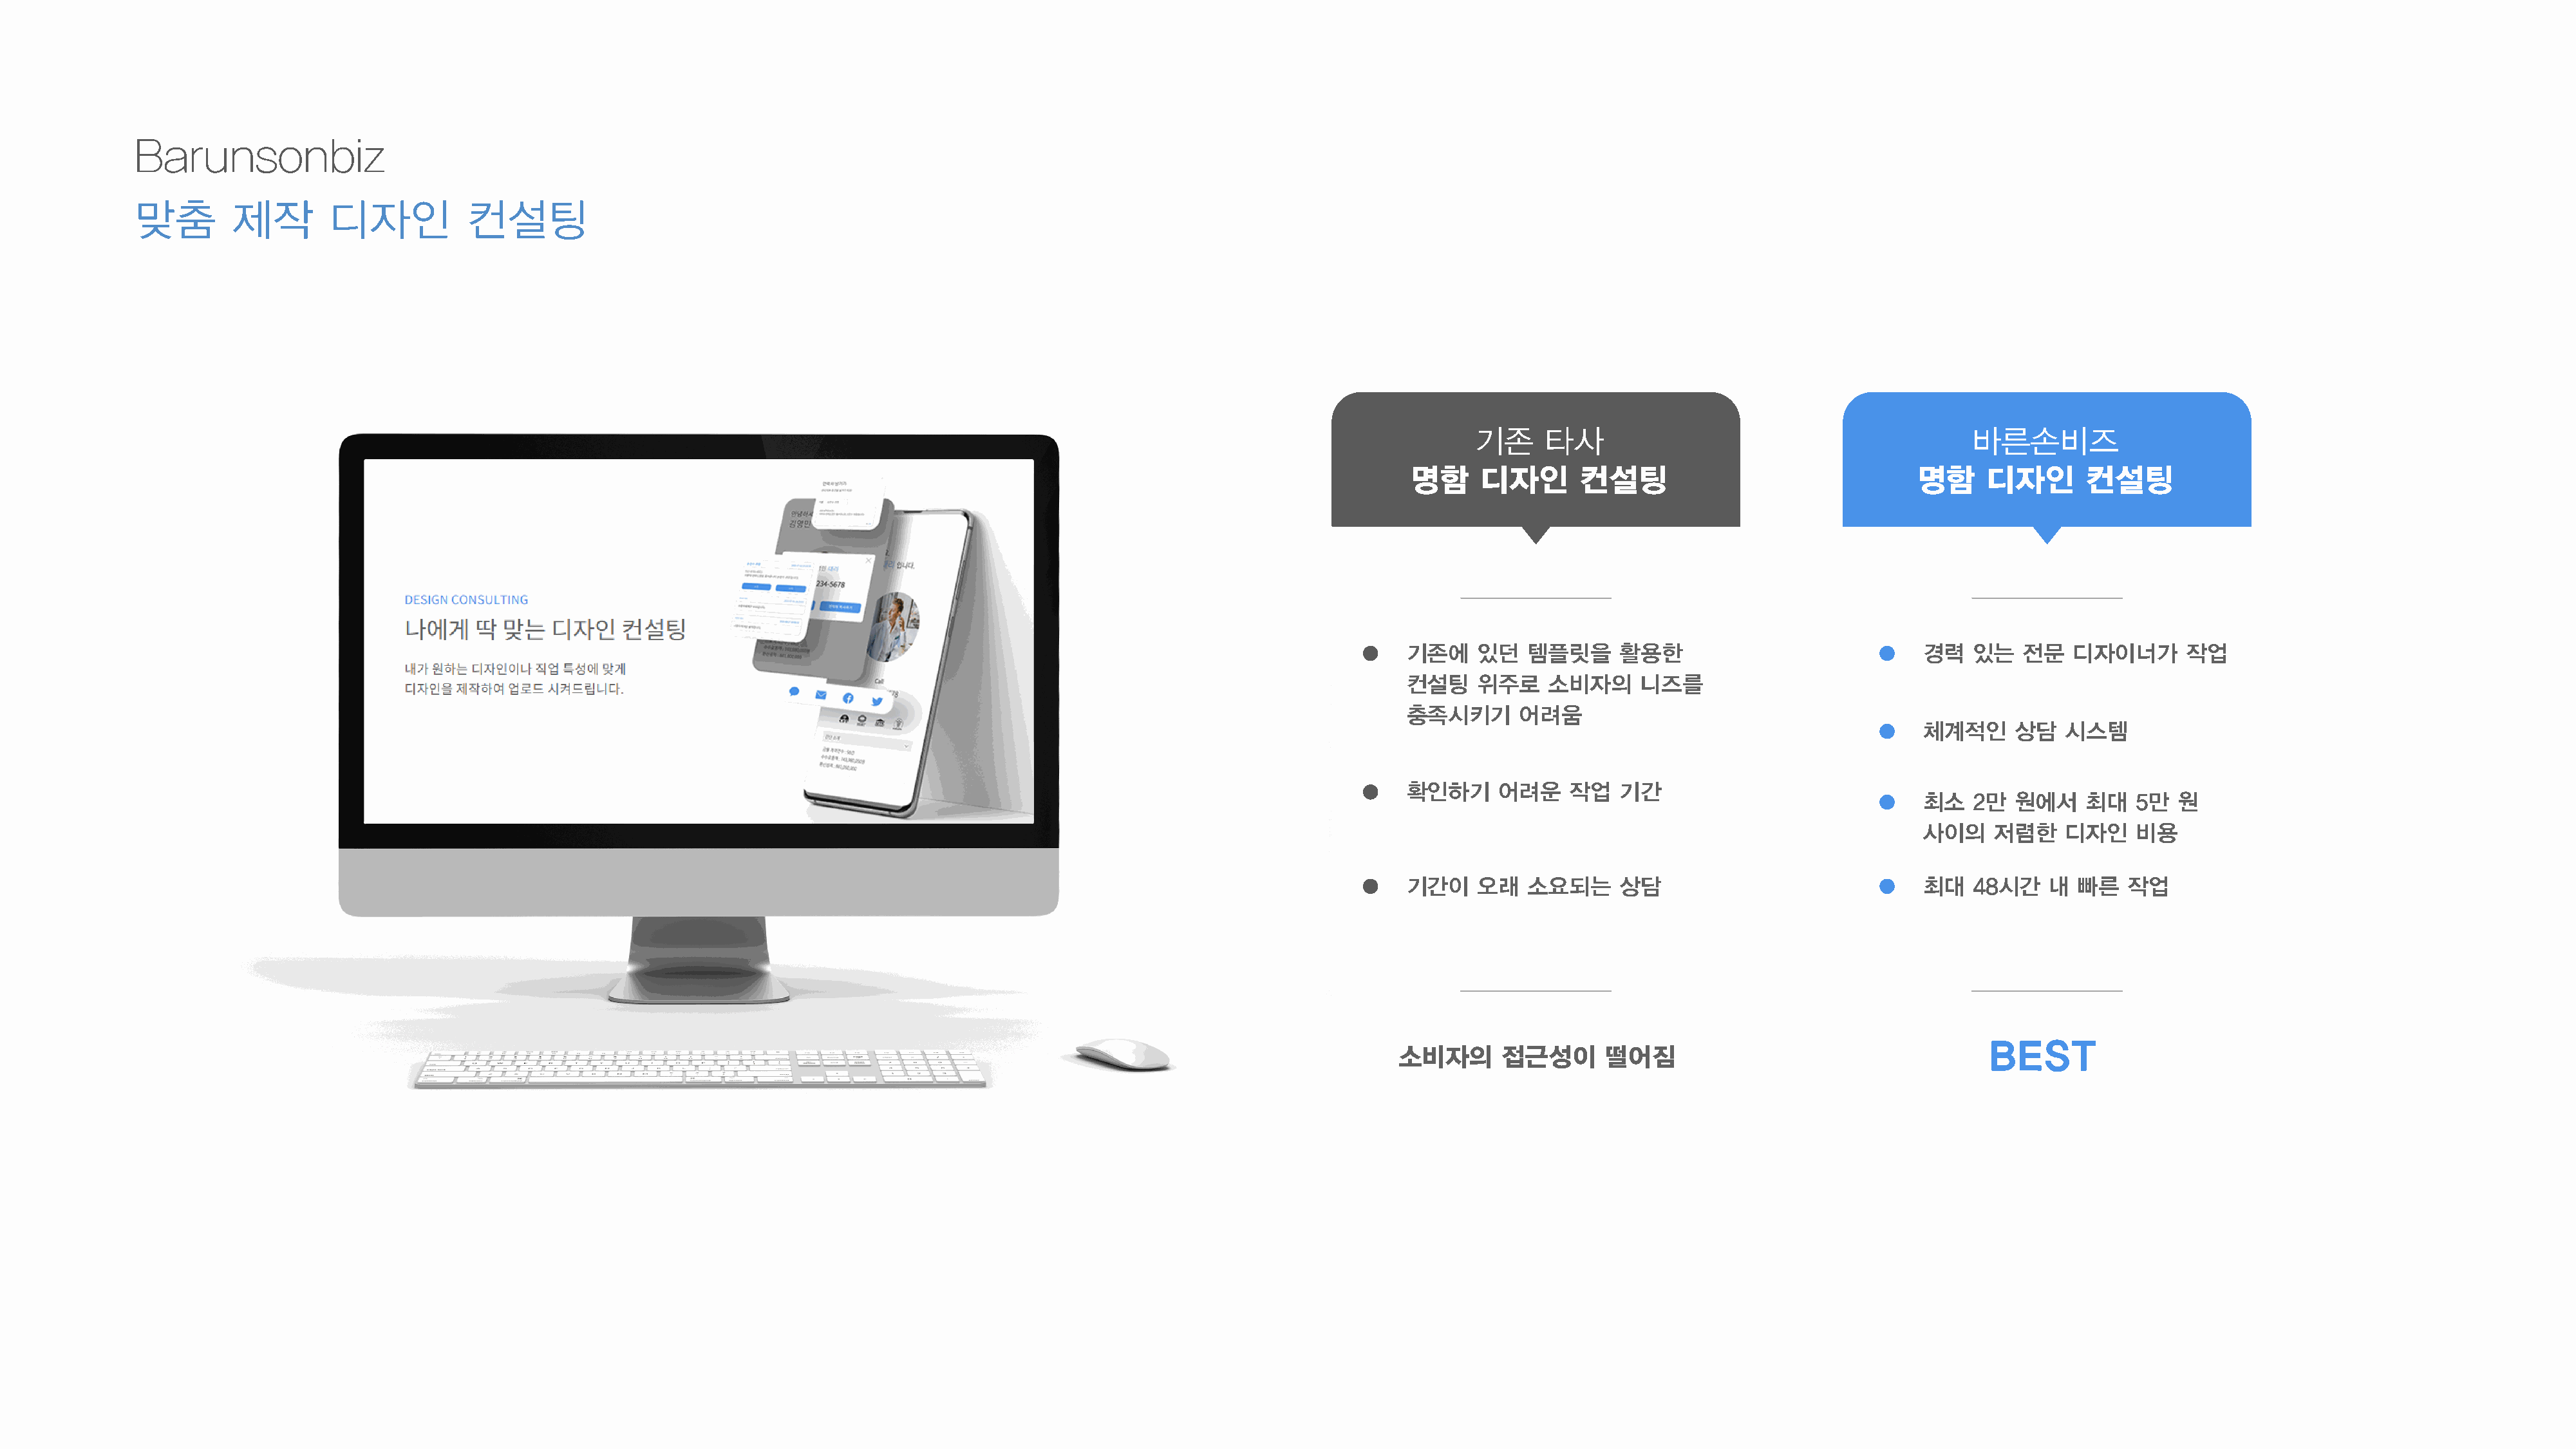
Barunsonbiz
 맞춤        제작        디자인           컨설팅
 기존     타사                                          바른손비즈
 명함     디자인       컨설팅                                명함     디자인       컨설팅
 기존에    있던   템플릿을     활용한                             경력   있는   전문   디자이너가       작업
 컨설팅    위주로    소비자의      니즈를
 충족시키기      어려움
 체계적인     상담   시스템
 확인하기     어려운    작업   기간
 최소   2만  원에서    최대    5만  원
 사이의    저렴한    디자인     비용
 기간이    오래   소요되는     상담                              최대   48시간    내  빠른   작업
 BEST
 소비자의      접근성이       떨어짐